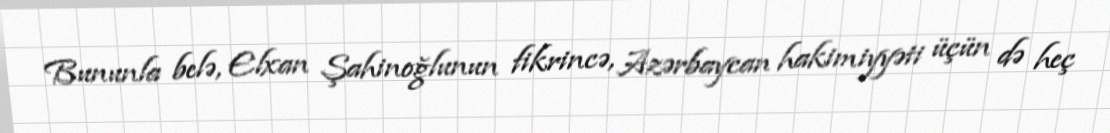
Bununla belə, Elxan Şahinoğlunun fikrincə, Azərbaycan hakimiyyəti üçün də heç